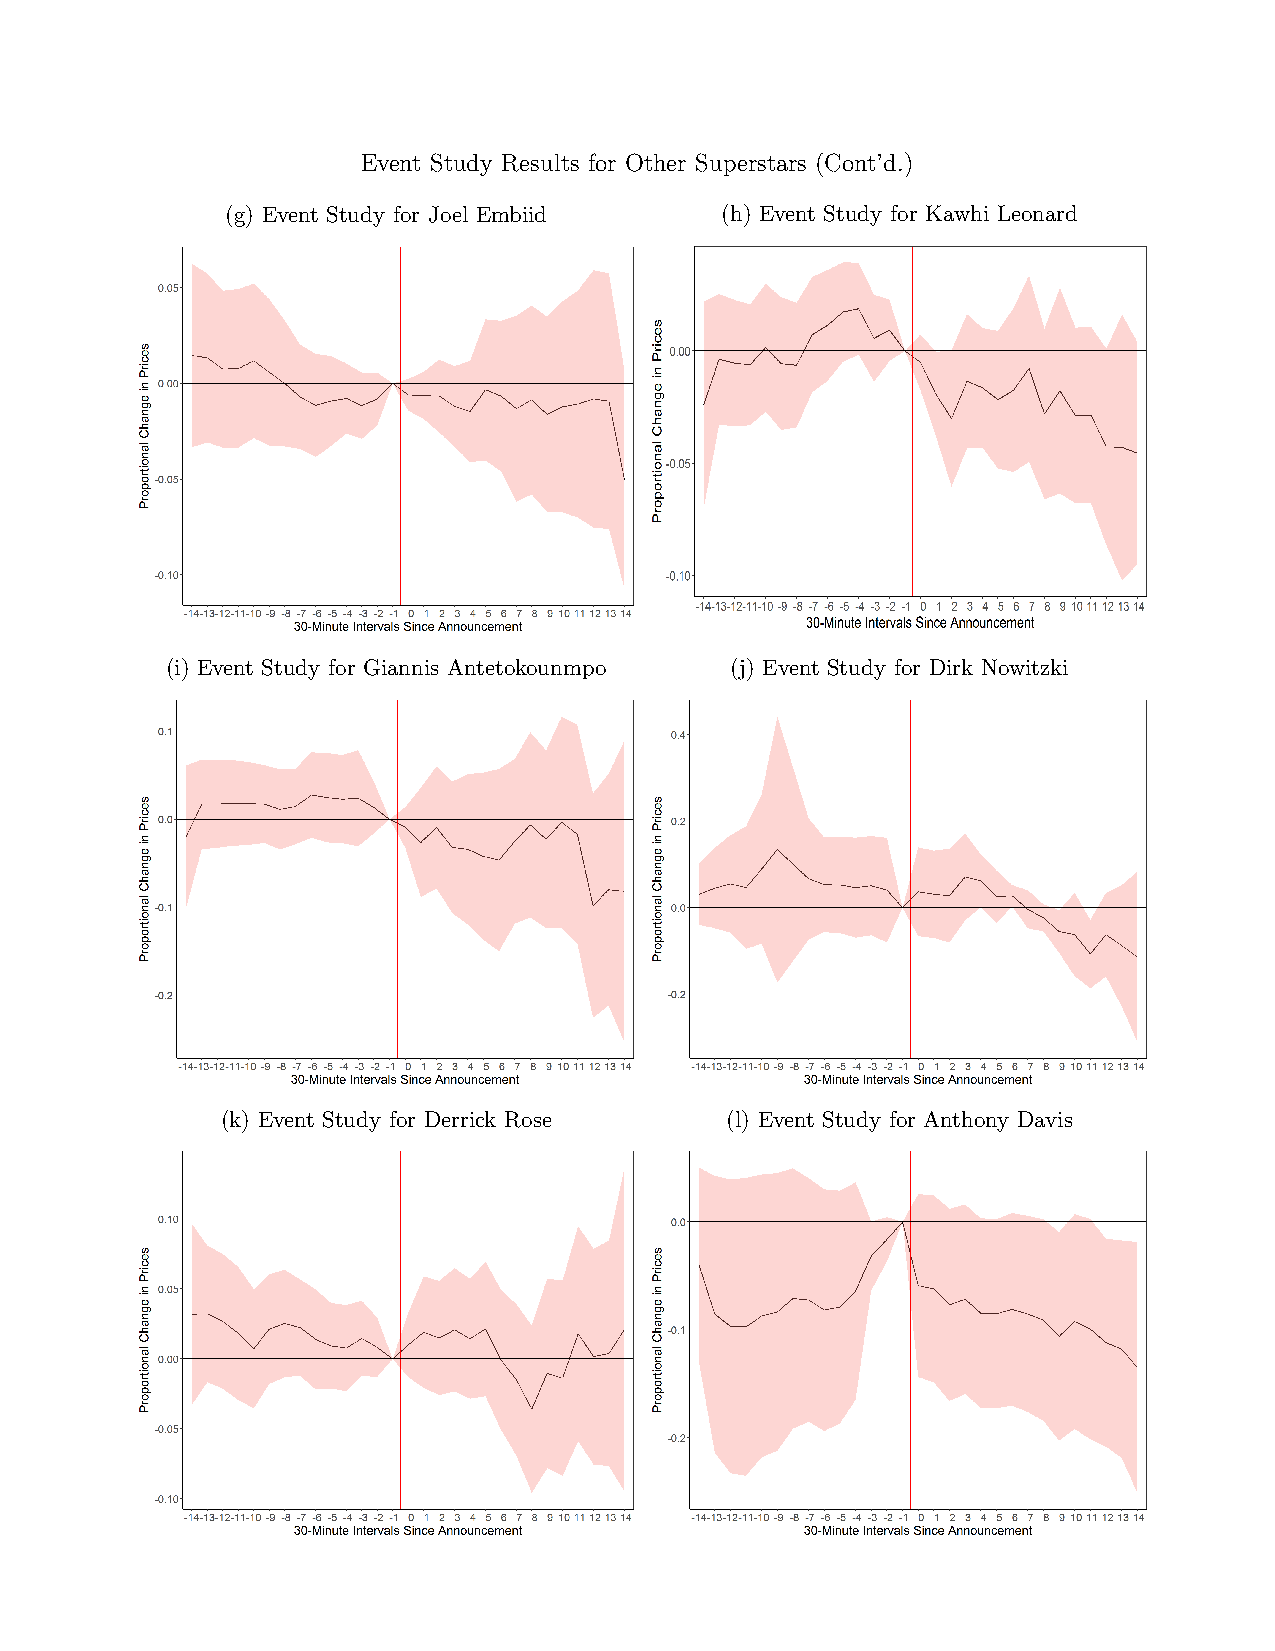
Event Study Results for Other Superstars (Cont’d.)
 (g) Event Study for Joel Embiid  (h) Event Study for Kawhi Leonard
 (i) Event Study for Giannis Antetokounmpo (j) Event Study for Dirk Nowitzki
 (k) Event Study for Derrick Rose (l) Event Study for Anthony Davis